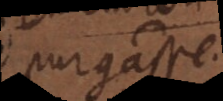
purgasse.